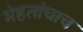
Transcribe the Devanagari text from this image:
मेहतांचाच